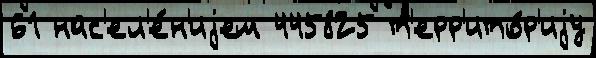
61 нас'ел'е́н'иjем 445825 т'ерр'ито́р'иjу